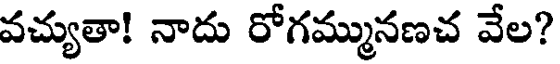
వచ్యుతా! నాదు రోగమ్మునణచ వేల?